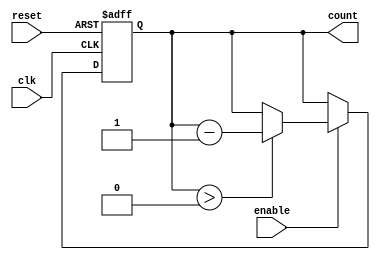
module down_counter #(
    parameter N = 15  // Maximum count value (adjust as needed)
)(
    input wire clk,     // Clock input
    input wire enable,  // Enable signal
    input wire reset,   // Asynchronous reset signal
    output reg [N:0] count // Current count value (N+1 bits to represent 0 to N)
);

// Asynchronous reset and counting behavior
always @(posedge clk or posedge reset) begin
    if (reset) begin
        count <= N; // Reset to maximum value N
    end else if (enable) begin
        if (count > 0) begin
            count <= count - 1; // Decrement the counter
        end
    end
end

endmodule